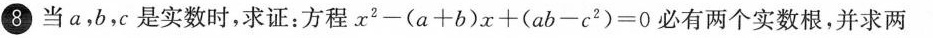
8当a，b，c是实数时，求证：方程$$x ^ { 2 } - ( a + b ) x + ( a b - c ^ { 2 }